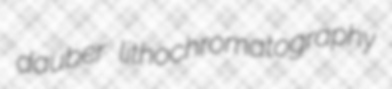
dauber lithochromatography